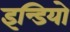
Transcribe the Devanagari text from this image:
इन्डियो